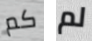
كم لم